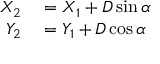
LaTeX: \begin{array} { r l } { X _ { 2 } } & { { } = X _ { 1 } + D \sin \alpha } \\ { Y _ { 2 } } & { { } = Y _ { 1 } + D \cos \alpha } \end{array}